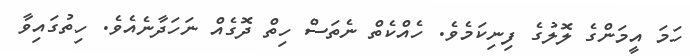
ހަމަ އީމަންގެ ލޮލުގެ ފިނިކަމެވެ. ހެއްކެތް ނެތަސް ހިތް ދޮގެއް ނަހަދާނެއެވެ. ހިތުގައިވާ